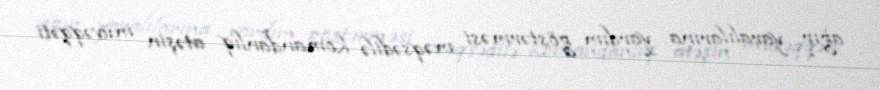
ağır yaralılarına yardım göstərməsi məqsədilə komandanlıq atəşin müvəqqəti